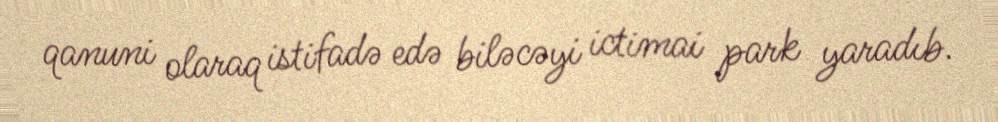
qanuni olaraq istifadə edə biləcəyi ictimai park yaradıb.